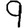
Digit: 9